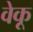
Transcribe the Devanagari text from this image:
वेकू